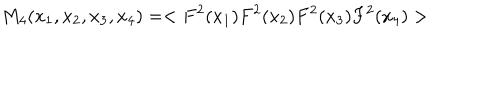
M _ { 4 } ( x _ { 1 } , x _ { 2 } , x _ { 3 } , x _ { 4 } ) = < F ^ { 2 } ( x _ { 1 } ) F ^ { 2 } ( x _ { 2 } ) F ^ { 2 } ( x _ { 3 } ) F ^ { 2 } ( x _ { 4 } ) >